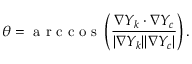
\theta = \mathrm { ~ a ~ r ~ c ~ c ~ o ~ s ~ } \left( \frac { \nabla Y _ { k } \cdot \nabla Y _ { c } } { | \nabla Y _ { k } | | \nabla Y _ { c } | } \right) .